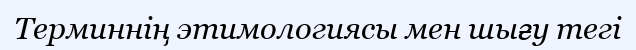
Терминнің этимологиясы мен шығу тегі